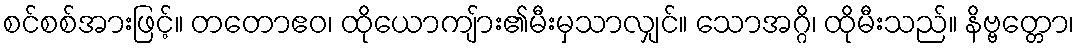
စင်စစ်အားဖြင့်။ တတောဧဝ၊ ထိုယောကျ်ား၏မီးမှသာလျှင်။ သောအဂ္ဂိ၊ ထိုမီးသည်။ နိဗ္ဗတ္တော၊